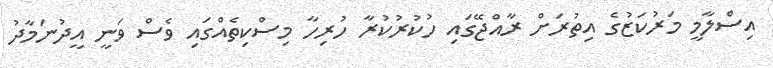
އިސްލާމީ މަރުކަޒުގެ އިތުރަށް ރާއްޖޭގައި ހުކުރުކުރާ ހުރިހާ މިސްކިތެއްގައި ވެސް ވަނީ އީދުނަމާދު